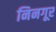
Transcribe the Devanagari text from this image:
निनगूर